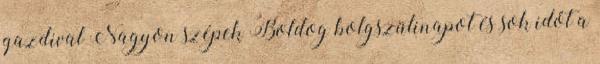
gazdival Nagyon szépek Boldog bolgszülinapot és sok időt a